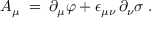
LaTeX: A _ { \mu } \; = \; \partial _ { \mu } \varphi + \epsilon _ { \mu \nu } \, \partial _ { \nu } \sigma \; .